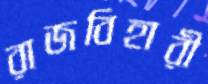
রাজবিহারী